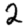
Digit: 2